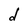
Character: d